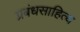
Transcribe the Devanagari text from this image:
प्रबंधसाहित्य